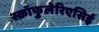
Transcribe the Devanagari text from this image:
स्क्रॉफुलेरिएसिई